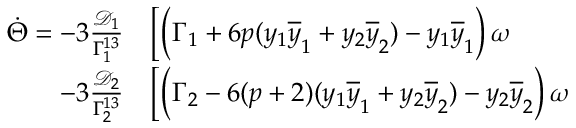
\begin{array} { r l } { \dot { \Theta } = - 3 \frac { \mathcal { D } _ { 1 } } { \Gamma _ { 1 } ^ { 1 3 } } } & { { } \bigg [ \Big ( \Gamma _ { 1 } + 6 p ( y _ { 1 } \overline { { y } } _ { 1 } + y _ { 2 } \overline { { y } } _ { 2 } ) - y _ { 1 } \overline { { y } } _ { 1 } \Big ) \, \omega } \\ { - 3 \frac { \mathcal { D } _ { 2 } } { \Gamma _ { 2 } ^ { 1 3 } } } & { { } \bigg [ \Big ( \Gamma _ { 2 } - 6 ( p + 2 ) ( y _ { 1 } \overline { { y } } _ { 1 } + y _ { 2 } \overline { { y } } _ { 2 } ) - y _ { 2 } \overline { { y } } _ { 2 } \Big ) \, \omega } \end{array}